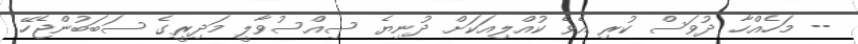
-- މަހެއްހާ ދުވަސް ކުރި އެވެ ކުއްލިއަކަށް ދުނިޔެ ސިއްސުވާލީ މަދިރީގެ ސަބަބުންޖެހޭ